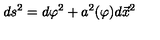
d s ^ { 2 } = d \varphi ^ { 2 } + a ^ { 2 } ( \varphi ) d \vec { x } ^ { 2 }